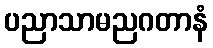
ပညာသာမညဂတာနံ